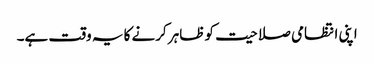
اپنی انتظامی صلاحیت کو ظاہر کرنے کا یہ وقت ہے۔